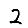
Digit: 2